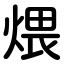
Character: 煨